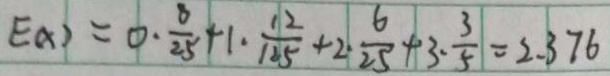
E ( _ { x } ) = 0 \cdot \frac { 8 } { 2 5 } + 1 \cdot \frac { 1 2 } { 1 2 5 } + 2 \cdot \frac { 6 } { 2 5 } + 3 \cdot \frac { 3 } { 5 } = 2 . 3 7 6